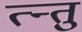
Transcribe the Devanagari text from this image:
त्न्तु